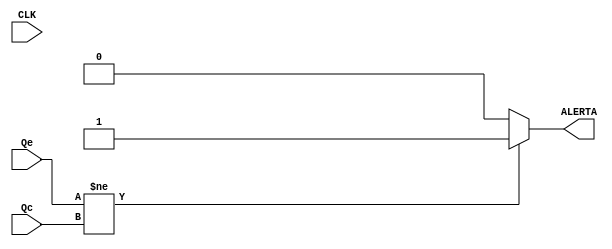
  `timescale 1ns/1ps
/*Se encarga de comparar las seales de salida Q de los registros desplazables
de 32 bits, para verificar su funcionamiento entre el diseado por descripcion
estructural respecto al por descripcion conductual.
Se toma en cuenta el retardo de la salida del registro por descripcion estructural
con respecto al flanco positivo del la seal del reloj (48 ns).
Pone el alto ALERTA indicando que no se cumple la equivalencia de operacion.
*/

module verificador (CLK, Qe, Qc, ALERTA);

  input CLK;
  input [31:0] Qe, Qc;
  integer tCLK;
  output reg ALERTA;

  always @ ( posedge CLK ) begin
    #48 tCLK <= 1'b1;
  end

  always @ ( tCLK ) begin
    if (Qe != Qc) begin
      ALERTA <= 1'b1;
      end else begin
      ALERTA <=1'b0;
      end
      tCLK <= 1'b0;
  end

endmodule //